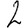
Digit: 2